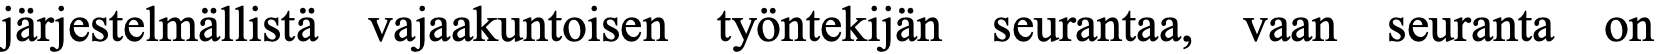
järjestelmällistä vajaakuntoisen työntekijän seurantaa, vaan seuranta on